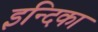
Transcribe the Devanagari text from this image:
इन्दिका